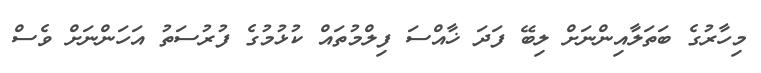
މިހާރުގެ ބަތަލާއިންނަށް ލިބޭ ފަދަ ޚާއްސަ ފިލްމުތައް ކުޅުމުގެ ފުރުސަތު އަހަންނަށް ވެސް